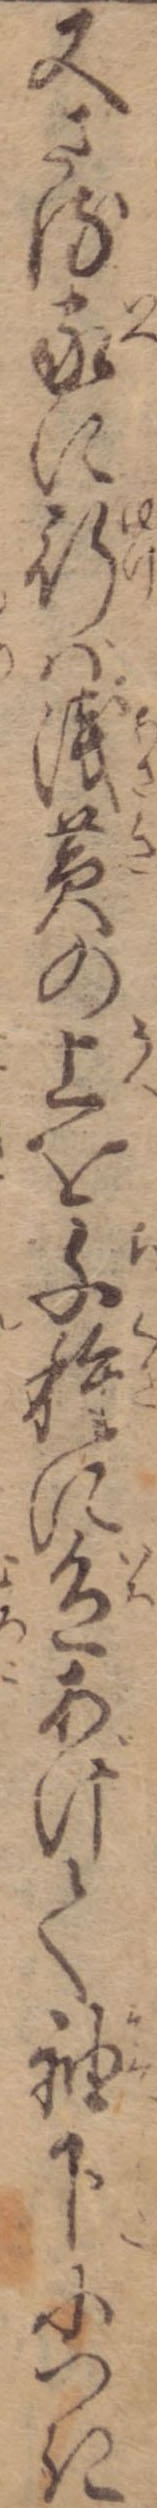
又さる家に行ば浅黄の上を千種に色あげて袖下につき